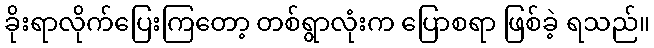
ခိုးရာလိုက်ပြေးကြတော့ တစ်ရွာလုံးက ပြောစရာ ဖြစ်ခဲ့ ရသည်။